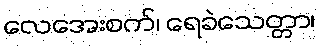
လေအေးစက်၊ ရေခဲသေတ္တာ၊